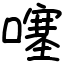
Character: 噻